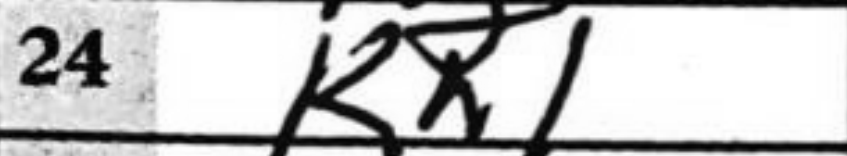
Transcription: Kh1